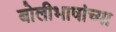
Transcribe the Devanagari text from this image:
बोलीभाषांच्या